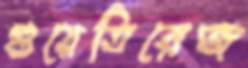
গুয়েতিরেজ